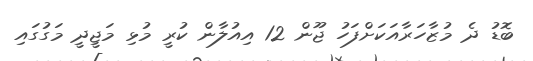
ބޮޑު ދެ މުޒާހަރާއަކަށްފަހު ޖޫން 12 އިއުލާން ކުރީ މުޅި މަޖީދީ މަގުގައި